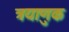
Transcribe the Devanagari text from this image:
त्रयाणुक